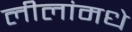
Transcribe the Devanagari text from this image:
लीलांमधे